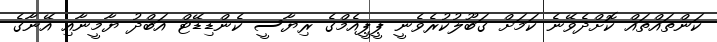
ކަންތައްތައް ކޮށްދެވޭނެ ކަމަށް ގަބޫލުކުރެވެނީ ޕީޕީއެމްގެ ރިޔާސީ ކެންޑިޑޭޓް އަބްދު ޔާމީނާއި އޭނާގެ